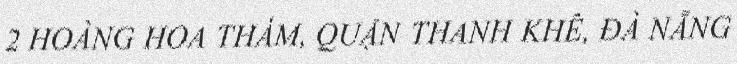
2 HOÀNG HOA THÁM, QUẬN THANH KHÊ, ĐÀ NẴNG